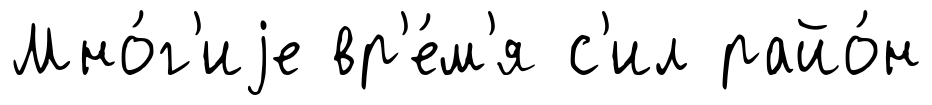
Мно́г'иjе вр'е́м'я с'ил райо́н